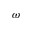
\omega